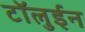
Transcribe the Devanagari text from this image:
टॉलुईन